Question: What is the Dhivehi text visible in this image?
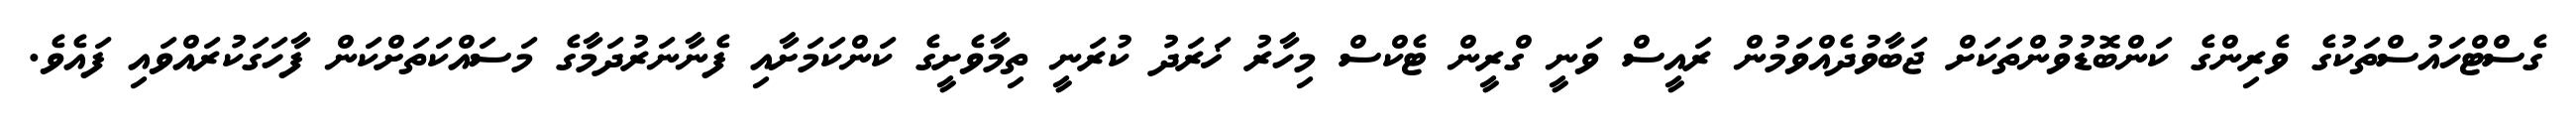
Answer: ގެސްޓްހައުސްތަކުގެ ވެރިންގެ ކަންބޮޑުވުންތަކަށް ޖަބާވުދެއްވަމުން ރައީސް ވަނީ ގްރީން ޓެކްސް މިހާރު ޚަރަދު ކުރަނީ ތިމާވެށީގެ ކަންކަމަށާއި ފެނާނަރުދަމާގެ މަސައްކަތަށްކަން ފާހަގަކުރައްވައި ފައެވެ.